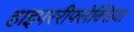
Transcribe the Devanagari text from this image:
हाइपररीफ्लेक्सिया